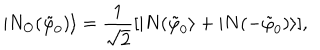
| N _ { O } ( \tilde { \varphi } _ { 0 } ) \rangle = \frac { 1 } { \sqrt { 2 } } [ | N ( \tilde { \varphi } _ { 0 } \rangle + | N ( - \tilde { \varphi } _ { 0 } ) \rangle ] ,